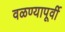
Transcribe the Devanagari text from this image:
वळण्यापूर्वी